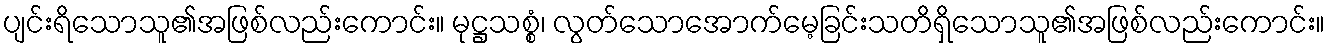
ပျင်းရိသောသူ၏အဖြစ်လည်းကောင်း။ မုဋ္ဌသစ္စံ၊ လွတ်သောအောက်မေ့ခြင်းသတိရှိသောသူ၏အဖြစ်လည်းကောင်း။